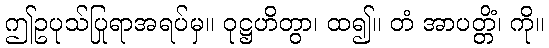
ဤဥပုသ်ပြုရာအရပ်မှ။ ဝုဋ္ဌဟိတွာ၊ ထ၍။ တံ အာပတ္တိံ၊ ကို။